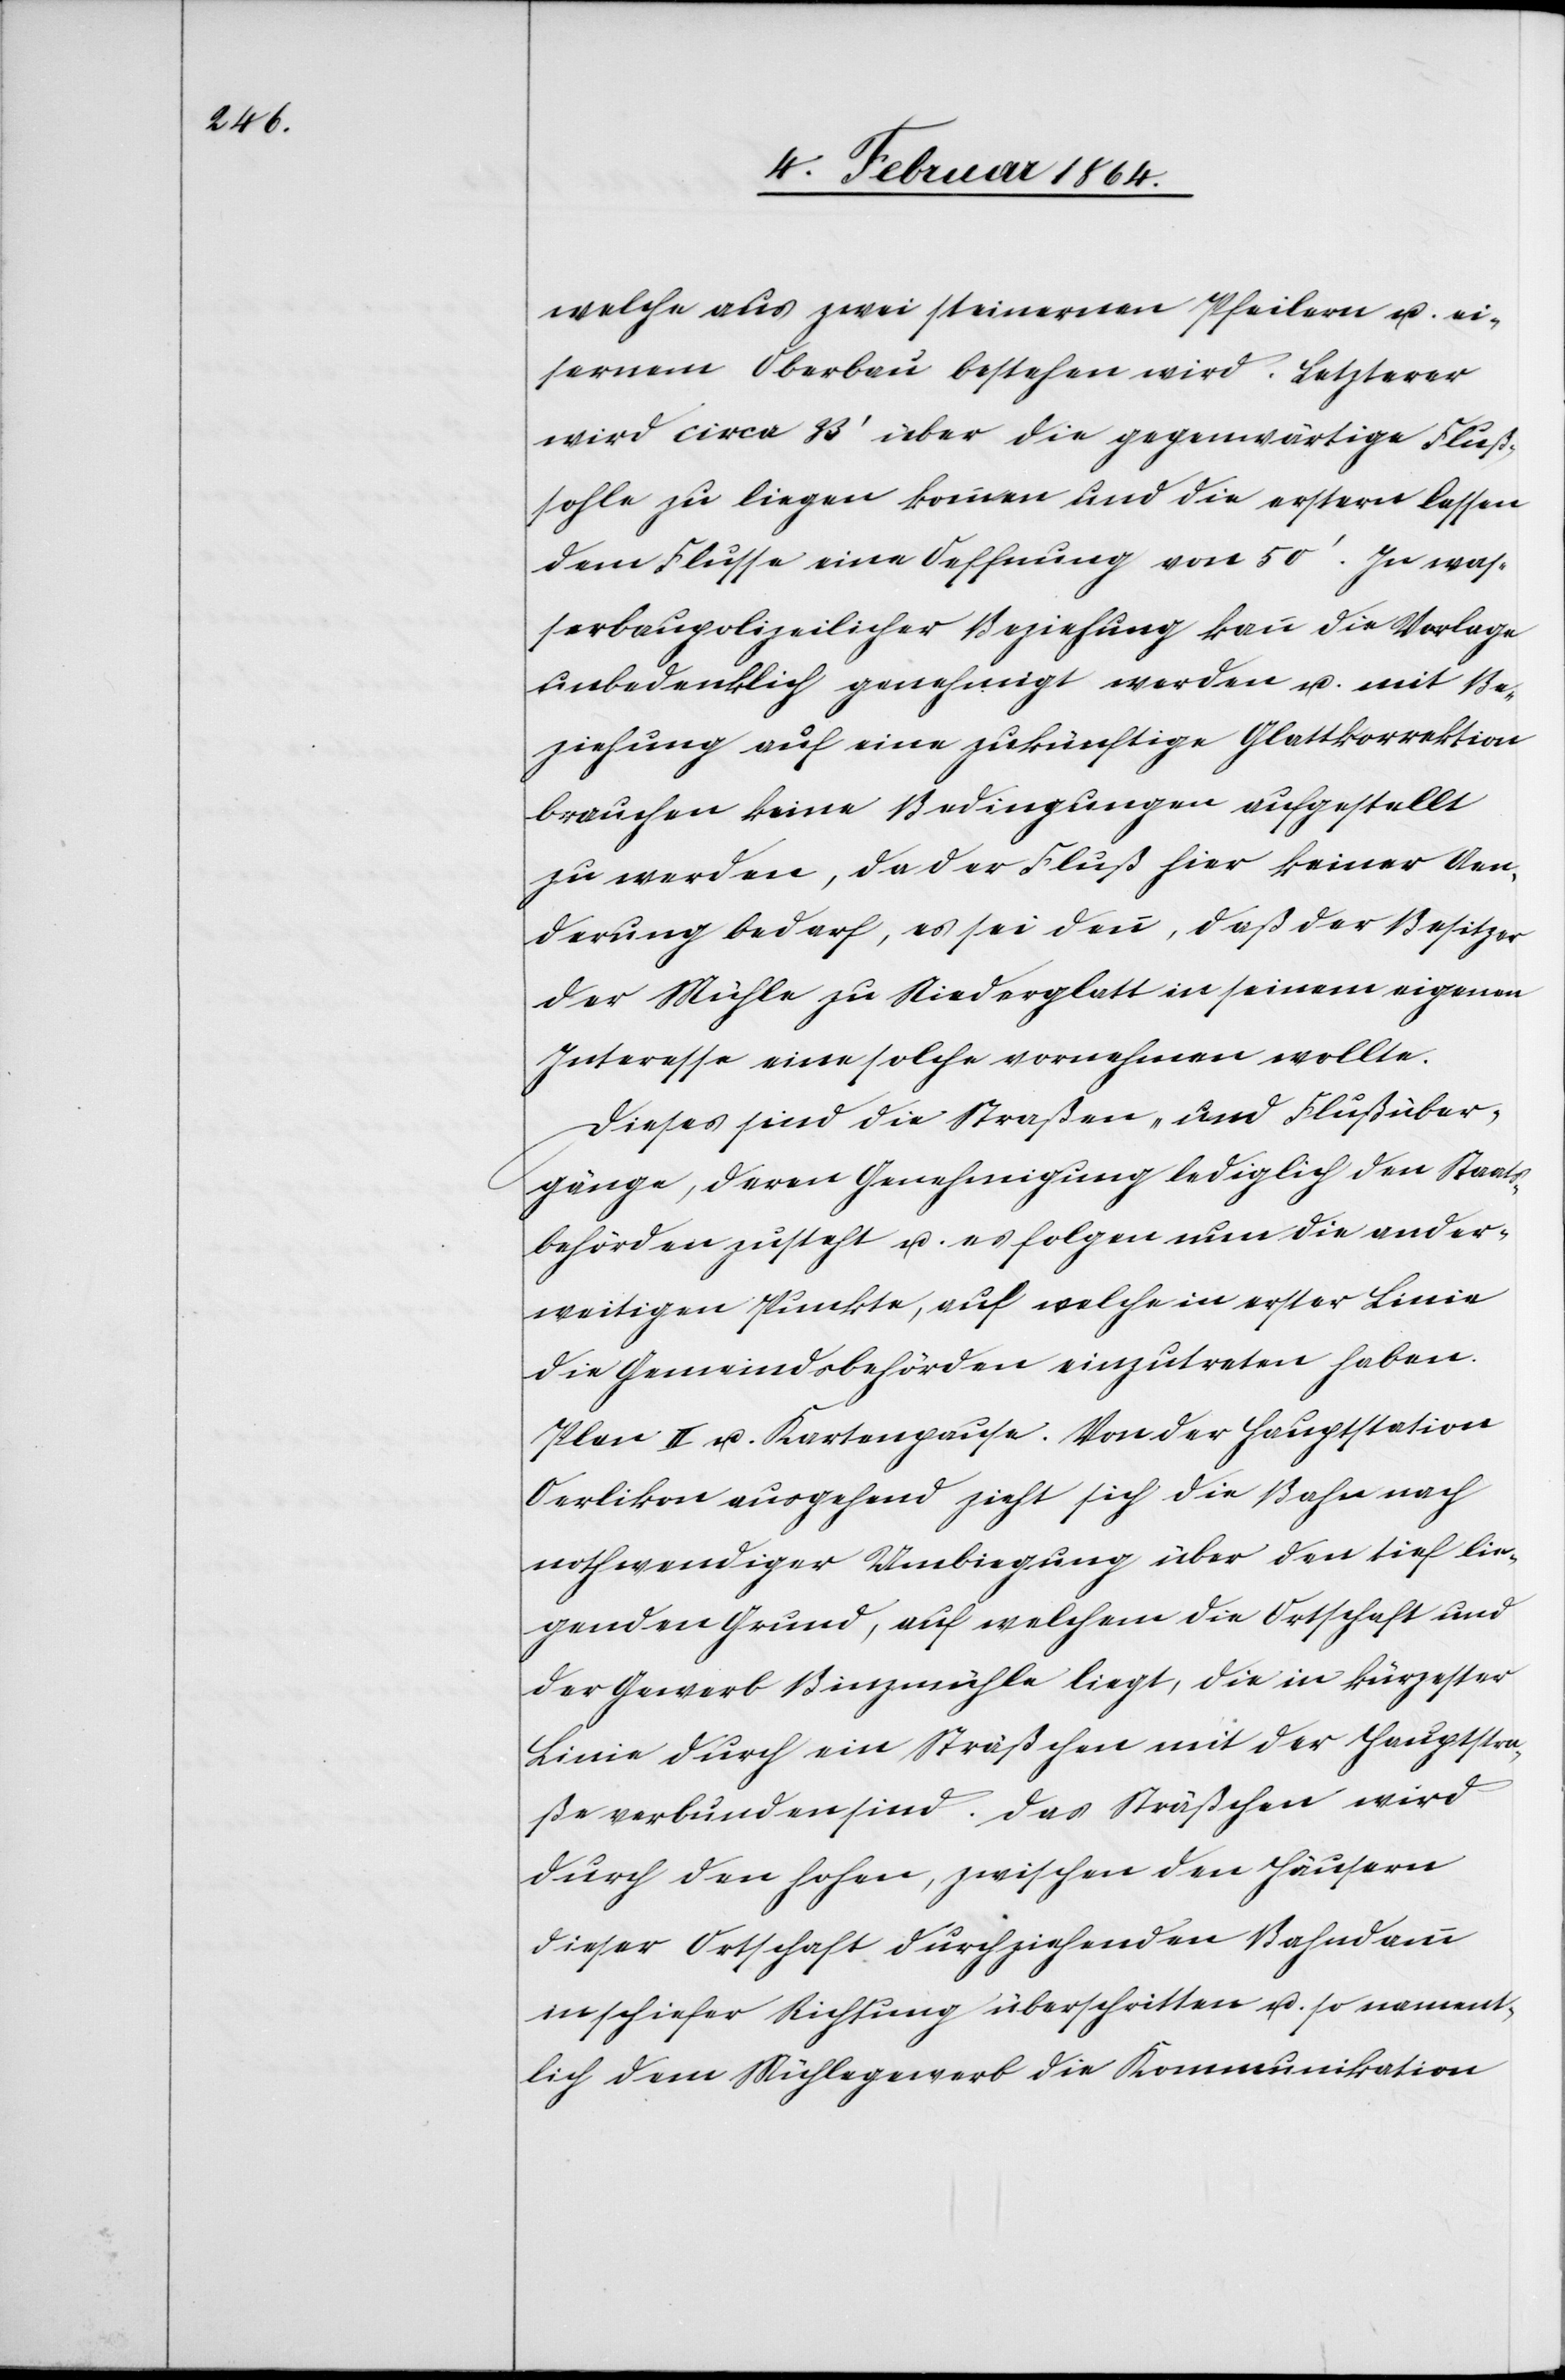
welche aus zwei steinernen Pfeilern u. ei¬
sernem Oberbau bestehen wird. Letzterer
wird circa 33’ über die gegenwärtige Fluß¬
sohle zu liegen kommen und die erstern lassen
dem Flusse eine Oeffnung von 50’. In was¬
serbaupolizeilicher Beziehung kann die Vorlage
unbedenklich genehmigt werden u. mit Be¬
ziehung auf eine zukünftige Glattkorrektion
brauchen keine Bedingungen aufgestellt
zu werden, da der Fluß hier keiner Aen¬
derung bedarf, es sei denn, daß der Besitzer
der Mühle zu Niederglatt in seinem eigenen
Interesse eine solche vornehmen wollte.
Dieses sind die Straßen- und Flußüber¬
gänge, deren Genehmigung lediglich den Staats¬
behörden zusteht u. es folgen nun die ander¬
weitigen Punkte, auf welche in erster Linie
die Gemeindsbehörden einzutreten haben.
Plan II u. Kartenpause. Von der Hauptstation
Oerlikon ausgehend zieht sich die Bahn nach
nothwendiger Umbiegung über den tief lie¬
genden Grund, auf welchem die Ortschaft und
der Gewerb Binzmühle liegt, die in kürzester
Linie durch ein Sträßchen mit der Hauptstra¬
ße verbunden sind. Das Sträßchen wird
durch den hohen, zwischen den Häusern
dieser Ortschaft durchziehenden Bahndamm
in schiefer Richtung überschritten u. so nament¬
lich dem Mühlegewerb die Kommunikation